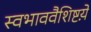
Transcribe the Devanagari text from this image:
स्वभाववैशिष्टय़े